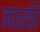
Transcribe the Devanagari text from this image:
नारकी